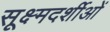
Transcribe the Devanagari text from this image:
सूक्ष्मदर्शीओं